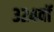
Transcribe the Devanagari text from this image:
३२४वॉ